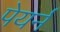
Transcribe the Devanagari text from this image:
पेयर्न